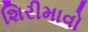
શિરીમાવો